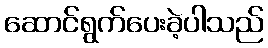
ဆောင်ရွက်ပေးခဲ့ပါသည်